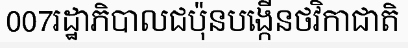
007រដ្ឋាភិបាលជប៉ុនបង្កើនថវិកាជាតិ